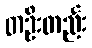
တဦးတည်း